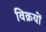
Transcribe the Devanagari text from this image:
विक्रयों